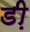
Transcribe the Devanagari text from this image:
डी़